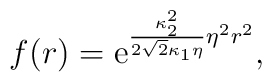
f(r)=\mbox e^{\frac{\kappa_2^2}{2\sqrt{2} \kappa_1 \eta} \eta^2 r^2} ,